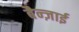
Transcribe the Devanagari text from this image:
बैन्ज़ाई